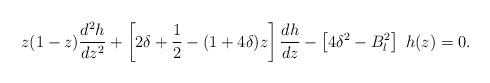
LaTeX: \begin{align*}z(1-z) \frac{d^2h}{dz^2} + \left[ 2\delta + {1\over 2} - (1+4\delta) z \right] \frac{dh}{dz} - \left[4\delta^2-B_l^2 \right] ~ h(z)=0.\end{align*}